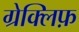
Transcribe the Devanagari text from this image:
ग्रेक्लिफ़